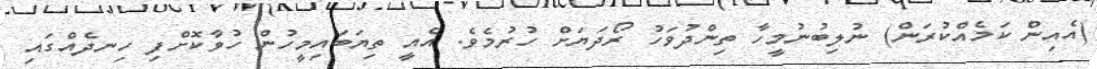
(އެއިން ކަމެއްކުރަން) ނުލިބުނުމީހާ ތިންދުވަހު ރޯދަޔަށް ހުރުމެވެ. އެއީ ތިޔަބައިމީހުން ހުވާކޮށްފި ހިނދެއްގައި